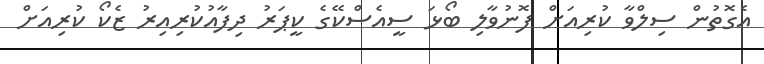
އެގޮތުން ސިލްވާ ކުރިއަށް ފޮނުވާލި ބޯޅަ ސީއެސްކޭގެ ކީޕަރު ދިފާއުކުރިއިރު ޒެކޯ ކުރިއަށް